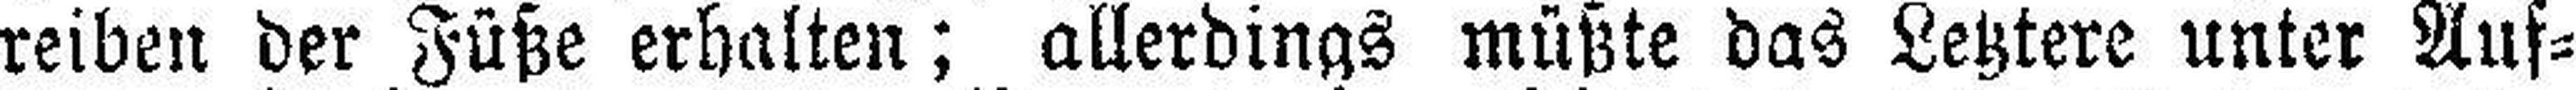
reiben der Füße erhalten; allerdings müßte das Letztere unter Auf¬